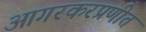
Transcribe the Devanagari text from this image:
आगरकरप्रणीत